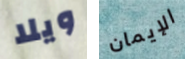
ويلا الإيمان